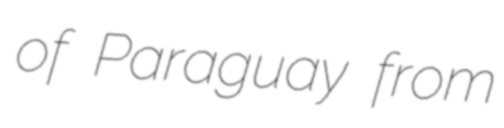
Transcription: of Paraguay from